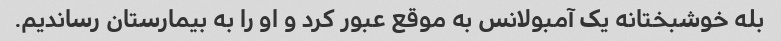
بله خوشبختانه یک آمبولانس به موقع عبور کرد و او را به بیمارستان رساندیم.